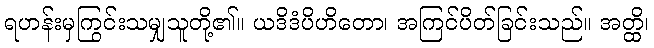
ရဟန်းမှကြွင်းသမျှသူတို့၏။ ယဒိဒံပိဟိတော၊ အကြင်ပိတ်ခြင်းသည်။ အတ္ထိ၊